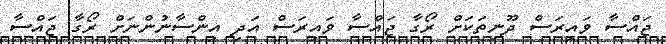
ޖައްސާ ވައިރަސް ދޫނިތަކަށް ރޯގާ ޖައްސާ ވައިރަސް އަދި އިންސާނުންނަށް ރޯގާ ޖައްސާ